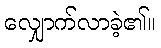
လျှောက်လာခဲ့၏။